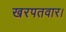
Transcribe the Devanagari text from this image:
खरपतवार।